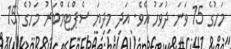
މަހުގެ 15 ވަނަ ދުވަހު އެވެ. އަދި މިދިޔަ ސެޕްޓެމްބަރު މަހުގެ 15